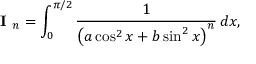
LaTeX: { \textbf { I } } _ { n } = \int _ { 0 } ^ { \pi / 2 } { \frac { 1 } { \left( a \cos ^ { 2 } x + b \sin ^ { 2 } x \right) ^ { n } } } \, d x ,